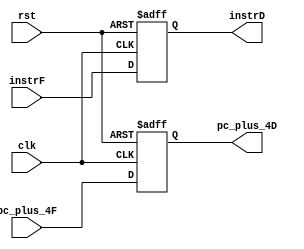
`timescale 1ns / 1ps
//////////////////////////////////////////////////////////////////////////////////
// Company: 
// Engineer: 
// 
// Design Name: 
// Module Name: FE_DE_Stage_Reg
// Project Name: 
// Target Devices: 
// Tool Versions: 
// Description: 
// 
// Dependencies: 
// 
// Revision:
// Revision 0.01 - File Created
// Additional Comments:
// 
//////////////////////////////////////////////////////////////////////////////////

module FE_DE_Stage_Reg(
        input   wire            clk, rst,
        input   wire    [31:0]  instrF,
        input   wire    [31:0]  pc_plus_4F,
        
        output  reg     [31:0]  instrD,
        output  reg     [31:0]  pc_plus_4D
    );
    
    always @ (posedge clk, posedge rst) begin
        if (rst) begin
            instrD      <= 0;
            pc_plus_4D  <= 0;
        end
        else begin
            instrD      <= instrF;
            pc_plus_4D  <= pc_plus_4F;
        end
    end
endmodule